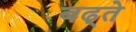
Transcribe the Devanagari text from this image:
बढ्ते